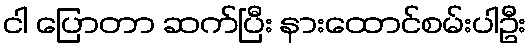
ငါ ပြောတာ ဆက်ပြီး နားထောင်စမ်းပါဦး